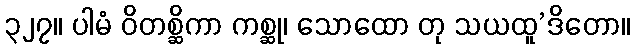
၃၂၇။ ပါမံ ဝိတစ္ဆိကာ ကစ္ဆု၊ သောထော တု သယထူ’ဒိတော။